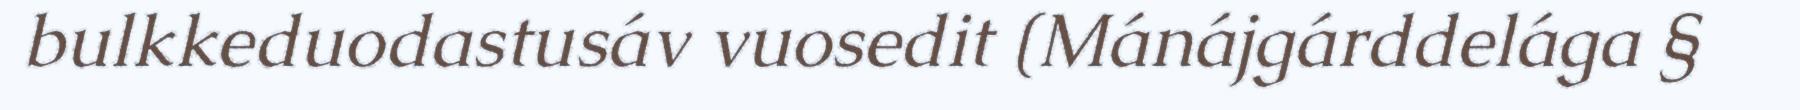
bulkkeduodastusáv vuosedit (Mánájgárddelága §